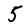
Character: 5